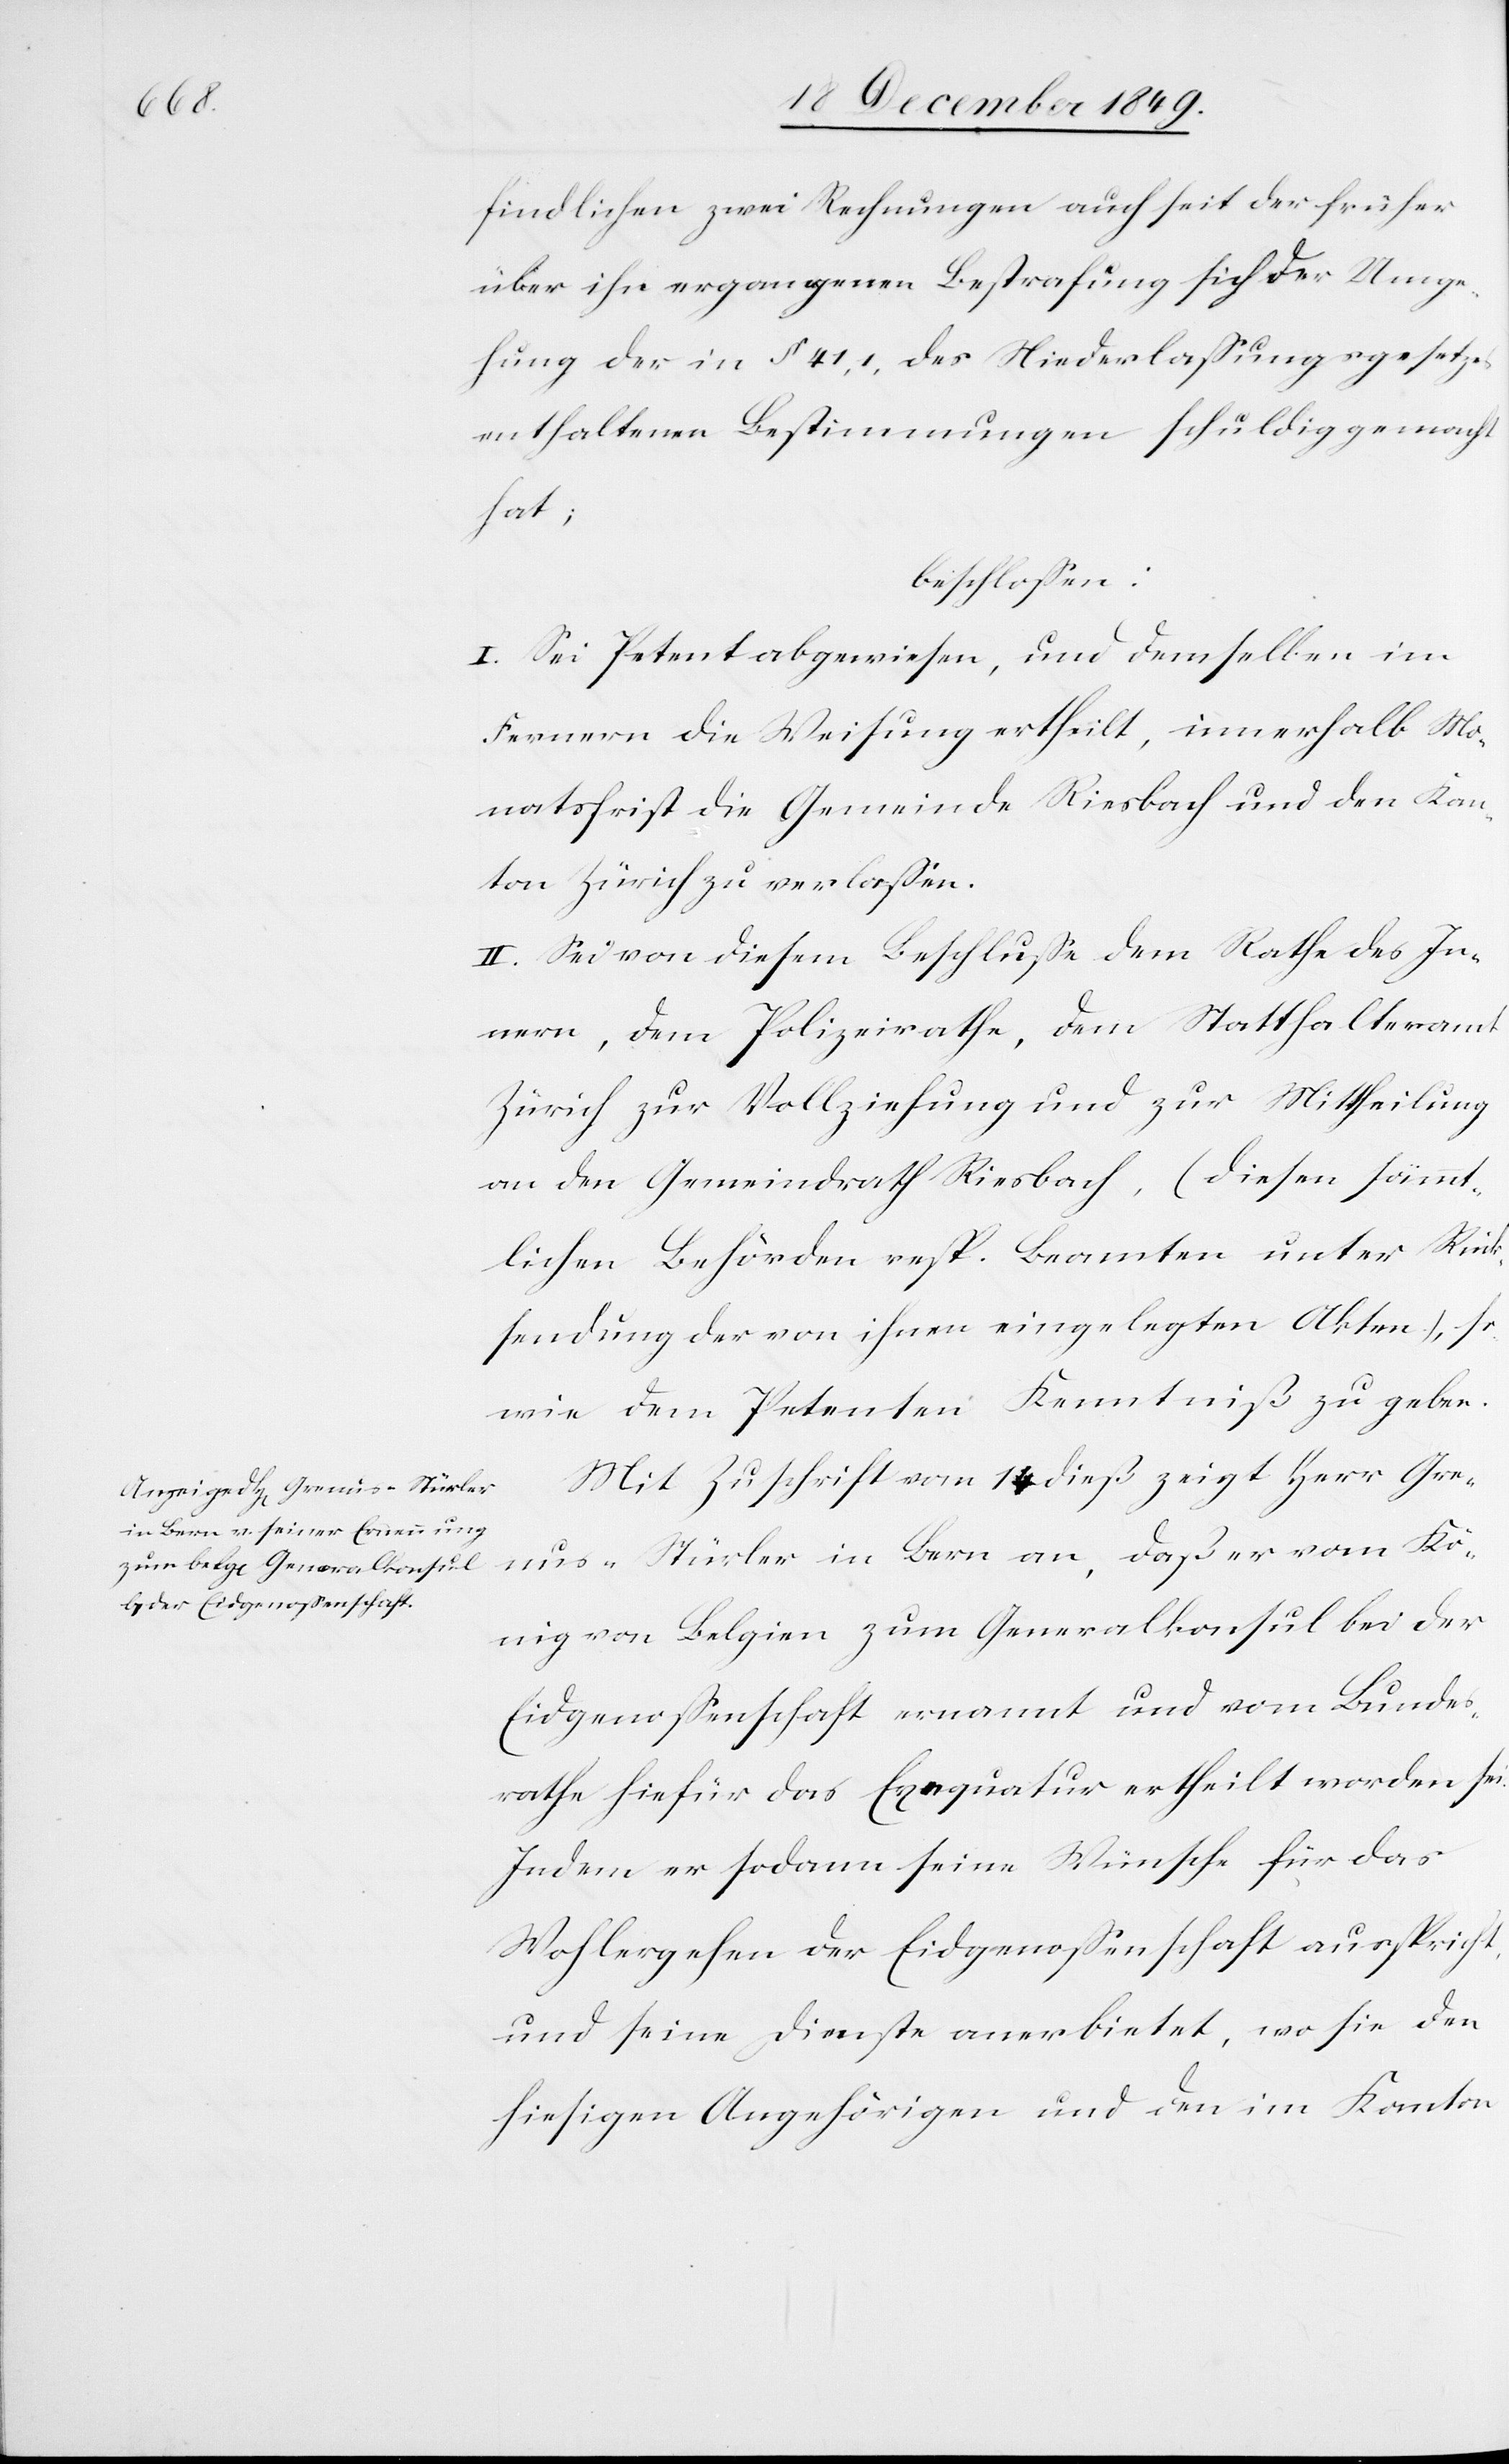
findlichen zwei Rechnungen auch seit der früher
über ihn ergangenen Bestrafung sich der Umge¬
hung der in § 41,1 des Niederlaßungsgesetzes
enthaltenen Bestimmungen schuldig gemacht
hat;
beschloßen:
I. Sei Petent abgewiesen, und demselben im
Fernern die Weisung ertheilt, innerhalb Mo¬
natsfrist die Gemeinde Riesbach und den Kan¬
ton Zürich zu verlaßen.
II. Sei von diesem Beschluße dem Rathe des In¬
nern, dem Polizeirathe, dem Statthalteramt
Zürich zur Vollziehung und zur Mittheilung
an den Gemeindrath Riesbach, (diesen sämmt¬
lichen Behörden resp. Beamten unter Rück¬
sendung der von ihnen eingelegten Akten), so¬
wie dem Petenten Kenntniß zu geben.
Mit Zuschrift vom 14 dieß zeigt Herr Gre¬
nus-Stürler in Bern an, daß er vom Kö¬
nig von Belgien zum Generalkonsul bei der
Eidgenossenschaft ernannt und vom Bundes¬
rathe hiefür das Exaquatur ertheilt worden sei.
Indem er sodann seine Wünsche für das
Wohlergehen der Eidgenossenschaft ausspricht,
und seine Dienste anerbietet, wo sie den
hiesigen Angehörigen und den im Kanton